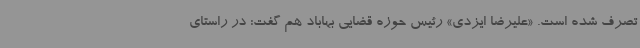
تصرف شده است. «علیرضا ایزدی» رئیس حوزه قضایی بهاباد هم گفت: در راستای